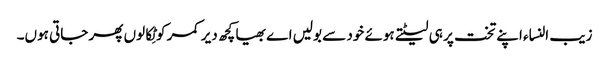
زیب النساء اپنے تخت پر ہی لیٹتے ہوئے خود سے بولیں اے بھیا کچھ دیر کمر کو ٹِکالوں پھر جاتی ہوں۔